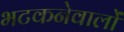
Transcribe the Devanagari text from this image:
भटकनेवालों